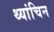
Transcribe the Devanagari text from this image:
थ्यांचिन